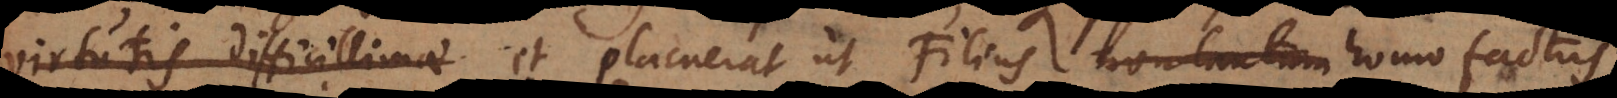
virtutis difficillimae et placuerat ut Filius homo factus